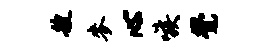
艘麦心嗾觉